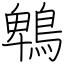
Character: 鵯